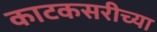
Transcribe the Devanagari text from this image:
काटकसरीच्या